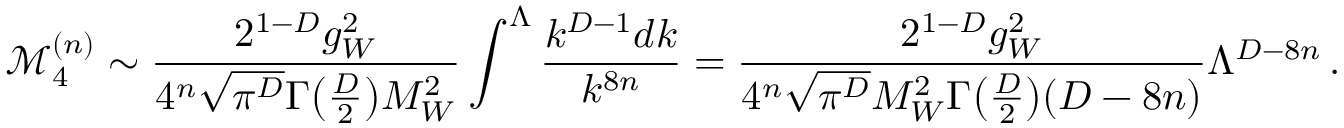
\mathcal { M } _ { 4 } ^ { ( n ) } \sim \frac { 2 ^ { 1 - D } g _ { W } ^ { 2 } } { 4 ^ { n } \sqrt { \pi ^ { D } } \Gamma \big ( \frac { D } { 2 } \big ) M _ { W } ^ { 2 } } \int ^ { \Lambda } \frac { k ^ { D - 1 } d k } { k ^ { 8 n } } = \frac { 2 ^ { 1 - D } g _ { W } ^ { 2 } } { 4 ^ { n } \sqrt { \pi ^ { D } } M _ { W } ^ { 2 } \Gamma \big ( \frac { D } { 2 } \big ) ( D - 8 n ) } \Lambda ^ { D - 8 n } \, .